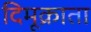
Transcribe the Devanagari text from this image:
दिमूक्राता